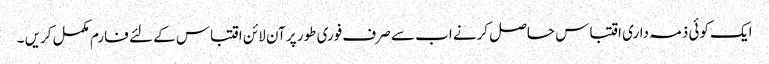
ایک کوئی ذمہ داری اقتباس حاصل کرنے اب سے صرف فوری طور پر آن لائن اقتباس کے لئے فارم مکمل کریں ۔